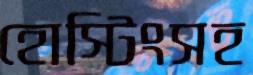
হোস্টিংসহ